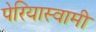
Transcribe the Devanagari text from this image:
पेरियास्वामी